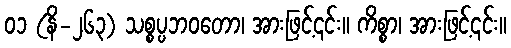
၀၁ (နိ-၂၆၃) သစ္စပ္ပဘဝတော၊ အားဖြင့်၎င်း။ ကိစ္စာ၊ အားဖြင့်၎င်း။